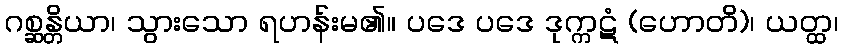
ဂစ္ဆန္တိယာ၊ သွားသော ရဟန်းမ၏။ ပဒေ ပဒေ ဒုက္ကဋံ (ဟောတိ)၊ ယတ္ထ၊